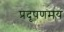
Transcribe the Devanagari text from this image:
प्रदूषणमय